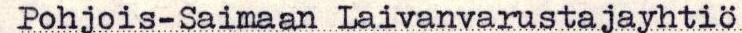
Pohjois-Saimaan Laivanvarustajayhtiö